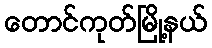
တောင်ကုတ်မြို့နယ်